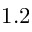
1 . 2